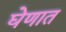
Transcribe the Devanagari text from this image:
घेणात